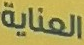
العناية